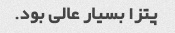
پتزا بسیار عالی بود.